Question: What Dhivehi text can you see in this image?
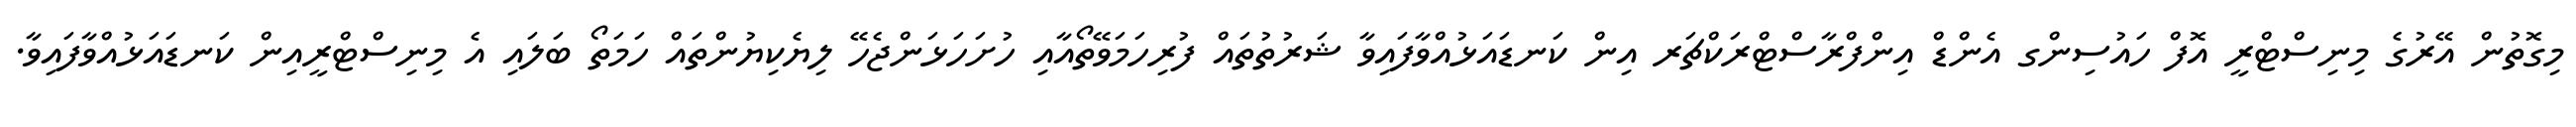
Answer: މިގޮތުން އޭރުގެ މިނިސްޓްރީ އޮފް ހައުސިންގ އެންޑް އިންފްރާސްޓްރަކްޗަރ އިން ކަނޑައަޅުއްވާފައިވާ ޝަރުތުތައް ފުރިހަމަވޭތޯއާއި ހުށަހަޅަންޖެހޭ ލިޔެކިޔުންތައް ހަމަތޯ ބަލައި އެ މިނިސްޓްރީއިން ކަނޑައަޅުއްވާފައިވާ.